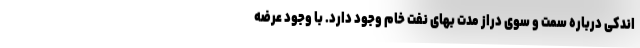
اندکی درباره سمت و سوی دراز مدت بهای نفت خام وجود دارد. با وجود عرضه